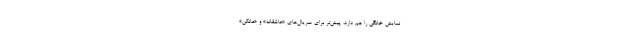
نمایش خانگی را هم دارد، پیش‌تر برای سریال‌های «عاشقانه» و «مانکن»